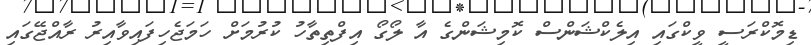
ޑިމޮކްރަސީ ވީކްގައި އިލެކްޝަންސް ކޮމިޝަންގެ އާ ލޯގޯ އިފްތިތާހު ކުރުމަށް ހަމަޖެހިފައިވާއިރު ރާއްޖޭގައި